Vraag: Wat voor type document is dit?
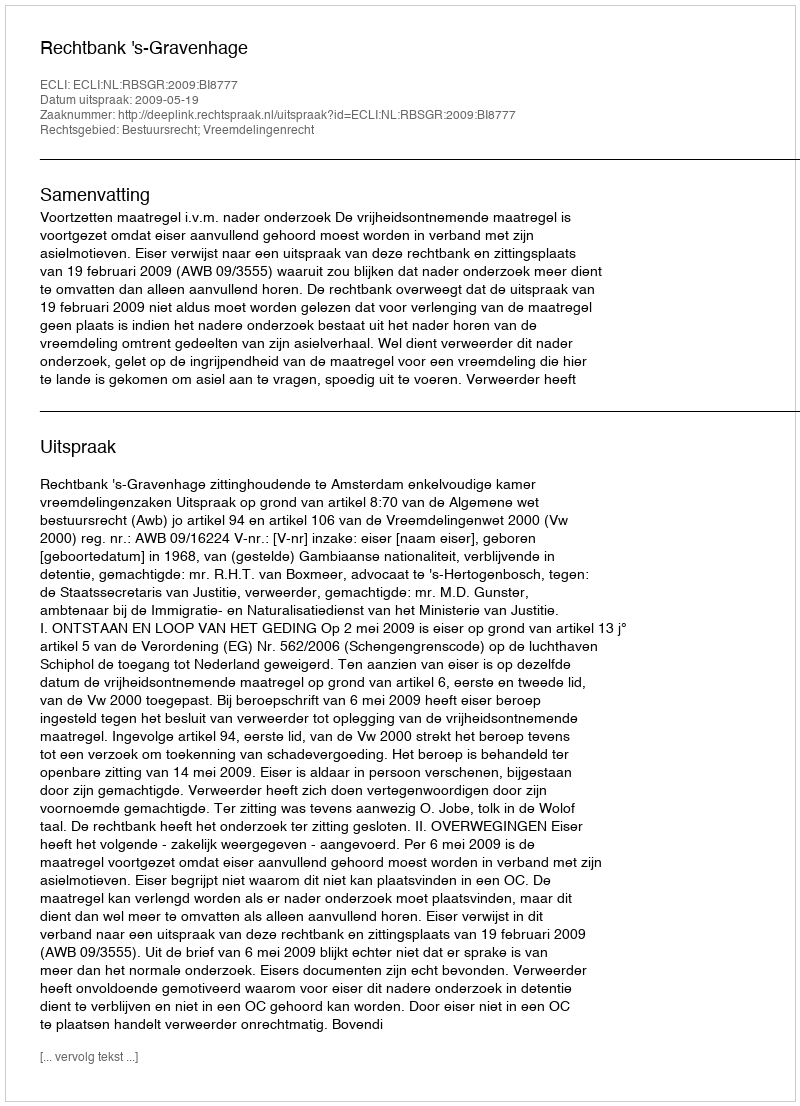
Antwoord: Uitspraak